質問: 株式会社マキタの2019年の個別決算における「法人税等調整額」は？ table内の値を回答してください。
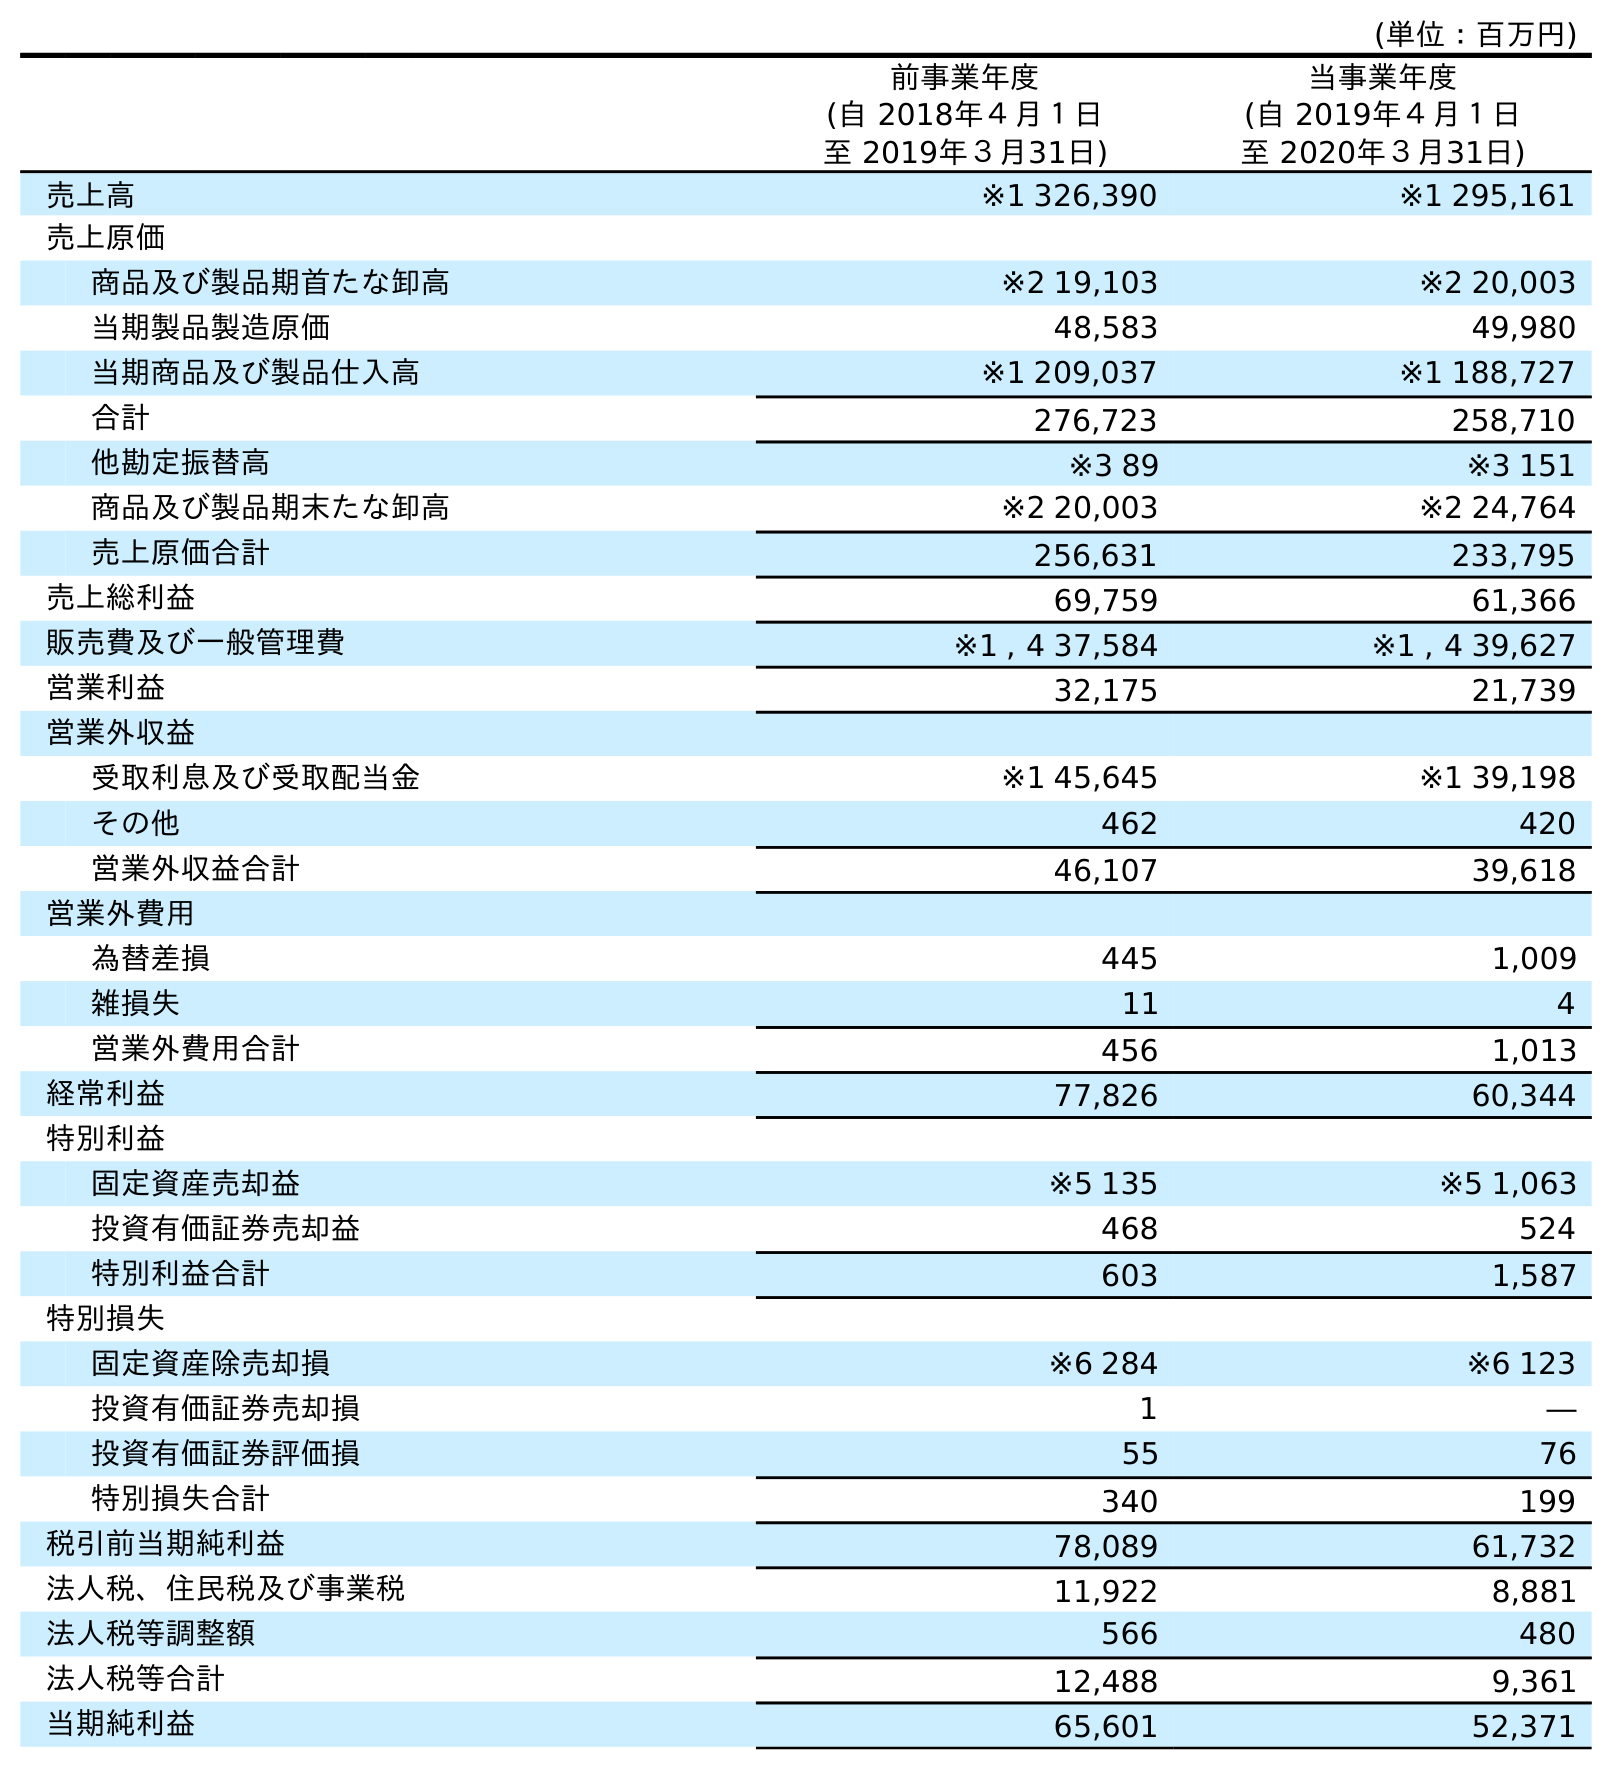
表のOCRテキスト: (単位：百万円) 前事業年度 (自 2018年４月１日 至 2019年３月31日) 当事業年度 (自 2019年４月１日 至 2020年３月31日) 売上高 ※1 326,390 ※1 295,161 売上原価 商品及び製品期首たな卸高 ※2 19,103 ※2 20,003 当期製品製造原価 48,583 49,980 当期商品及び製品仕入高 ※1 209,037 ※1 188,727 合計 276,723 258,710 他勘定振替高 ※3 89 ※3 151 商品及び製品期末たな卸高 ※2 20,003 ※2 24,764 売上原価合計 256,631 233,795 売上総利益 69,759 61,366 販売費及び一般管理費 ※1 , 4 37,584 ※1 , 4 39,627 営業利益 32,175 21,739 営業外収益 受取利息及び受取配当金 ※1 45,645 ※1 39,198 その他 462 420 営業外収益合計 46,107 39,618 営業外費用 為替差損 445 1,009 雑損失 11 4 営業外費用合計 456 1,013 経常利益 77,826 60,344 特別利益 固定資産売却益 ※5 135 ※5 1,063 投資有価証券売却益 468 524 特別利益合計 603 1,587 特別損失 固定資産除売却損 ※6 284 ※6 123 投資有価証券売却損 1 ― 投資有価証券評価損 55 76 特別損失合計 340 199 税引前当期純利益 78,089 61,732 法人税、住民税及び事業税 11,922 8,881 法人税等調整額 566 480 法人税等合計 12,488 9,361 当期純利益 65,601 52,371
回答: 566